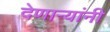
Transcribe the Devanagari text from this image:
देणाऱ्यांनी